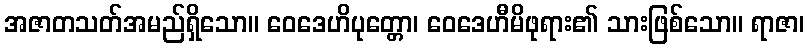
အဇာတသတ်အမည်ရှိသော။ ဝေဒေဟိပုတ္တော၊ ဝေဒေဟီမိဖုရား၏ သားဖြစ်သော။ ရာဇာ၊